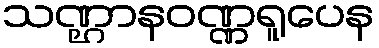
သဏ္ဌာနဝဏ္ဏရူပေန